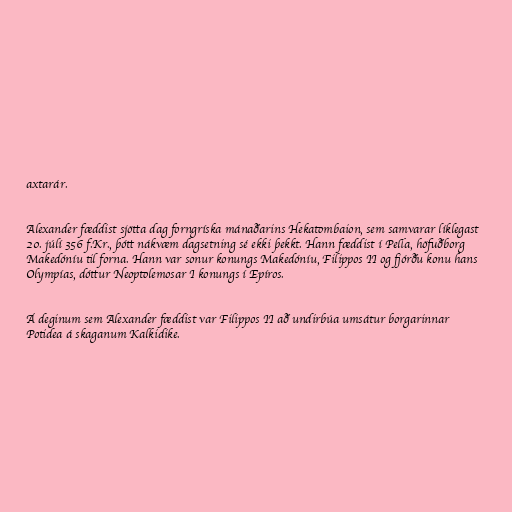
axtarár.

Alexander fæddist sjötta dag forngríska mánaðarins Hekatombaion, sem samvarar líklegast
20. júlí 356 f.Kr., þótt nákvæm dagsetning sé ekki þekkt. Hann fæddist í Pella, höfuðborg
Makedóníu til forna. Hann var sonur konungs Makedóníu, Filippos II og fjórðu konu hans
Olympías, dóttur Neoptolemosar I konungs í Epíros.

Á deginum sem Alexander fæddist var Filippos II að undirbúa umsátur borgarinnar
Potidea á skaganum Kalkidike.